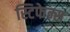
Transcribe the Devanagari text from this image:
स्टिफेन्स